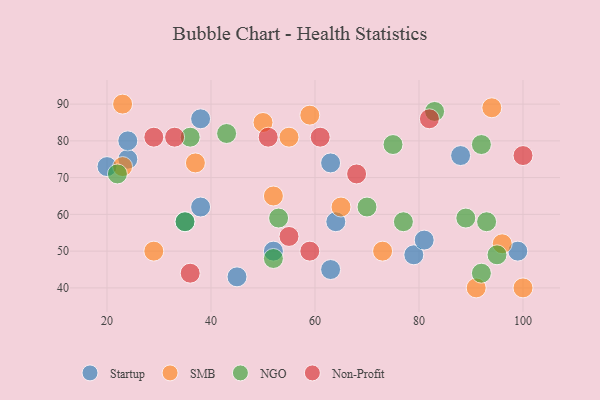
{"axis": {"x": "GDP", "y": "Life Expectancy"}, "legend": ["NGO", "Non-Profit", "SMB", "Startup"], "data": [{"x": "79", "y": 49, "type": "Startup"}, {"x": "24", "y": 75, "type": "Startup"}, {"x": "63", "y": 45, "type": "Startup"}, {"x": "35", "y": 58, "type": "Startup"}, {"x": "24", "y": 80, "type": "Startup"}, {"x": "38", "y": 62, "type": "Startup"}, {"x": "45", "y": 43, "type": "Startup"}, {"x": "52", "y": 50, "type": "Startup"}, {"x": "38", "y": 86, "type": "Startup"}, {"x": "64", "y": 58, "type": "Startup"}, {"x": "88", "y": 76, "type": "Startup"}, {"x": "99", "y": 50, "type": "Startup"}, {"x": "63", "y": 74, "type": "Startup"}, {"x": "20", "y": 73, "type": "Startup"}, {"x": "81", "y": 53, "type": "Startup"}, {"x": "50", "y": 85, "type": "SMB"}, {"x": "37", "y": 74, "type": "SMB"}, {"x": "100", "y": 40, "type": "SMB"}, {"x": "55", "y": 81, "type": "SMB"}, {"x": "65", "y": 62, "type": "SMB"}, {"x": "59", "y": 87, "type": "SMB"}, {"x": "29", "y": 50, "type": "SMB"}, {"x": "96", "y": 52, "type": "SMB"}, {"x": "94", "y": 89, "type": "SMB"}, {"x": "23", "y": 90, "type": "SMB"}, {"x": "73", "y": 50, "type": "SMB"}, {"x": "91", "y": 40, "type": "SMB"}, {"x": "52", "y": 65, "type": "SMB"}, {"x": "23", "y": 73, "type": "SMB"}, {"x": "75", "y": 79, "type": "NGO"}, {"x": "22", "y": 71, "type": "NGO"}, {"x": "92", "y": 44, "type": "NGO"}, {"x": "43", "y": 82, "type": "NGO"}, {"x": "95", "y": 49, "type": "NGO"}, {"x": "53", "y": 59, "type": "NGO"}, {"x": "83", "y": 88, "type": "NGO"}, {"x": "77", "y": 58, "type": "NGO"}, {"x": "93", "y": 58, "type": "NGO"}, {"x": "70", "y": 62, "type": "NGO"}, {"x": "52", "y": 48, "type": "NGO"}, {"x": "35", "y": 58, "type": "NGO"}, {"x": "92", "y": 79, "type": "NGO"}, {"x": "89", "y": 59, "type": "NGO"}, {"x": "36", "y": 81, "type": "NGO"}, {"x": "59", "y": 50, "type": "Non-Profit"}, {"x": "82", "y": 86, "type": "Non-Profit"}, {"x": "61", "y": 81, "type": "Non-Profit"}, {"x": "51", "y": 81, "type": "Non-Profit"}, {"x": "36", "y": 44, "type": "Non-Profit"}, {"x": "100", "y": 76, "type": "Non-Profit"}, {"x": "68", "y": 71, "type": "Non-Profit"}, {"x": "29", "y": 81, "type": "Non-Profit"}, {"x": "55", "y": 54, "type": "Non-Profit"}, {"x": "33", "y": 81, "type": "Non-Profit"}]}